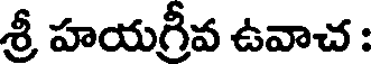
శ్రీ హయగ్రీవ ఉవాచ :